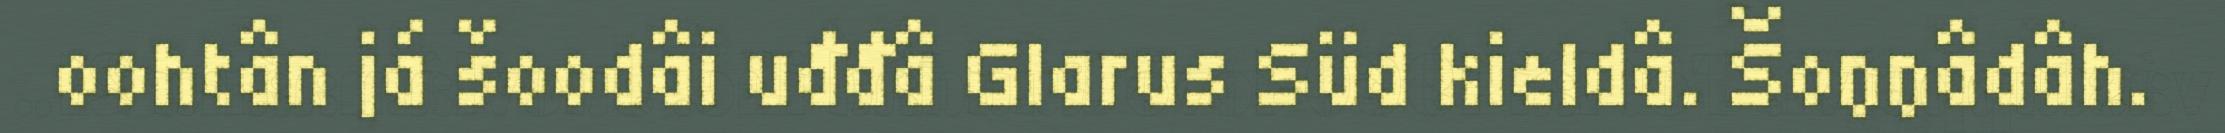
oohtân já šoodâi uđđâ Glarus Süd kieldâ. Šoŋŋâdâh.